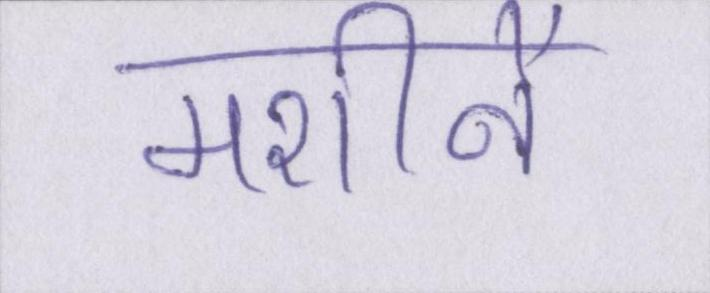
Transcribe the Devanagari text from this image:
मशीनें